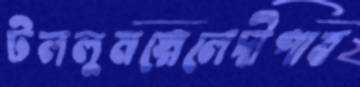
টললুমস্নেলেদীপাব